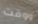
ووقت